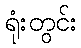
ရုံးတွင်း